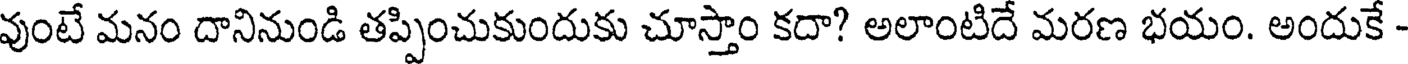
వుంటే మనం దానినుండి తప్పించుకుందుకు చూస్తాం కదా? అలాంటిదే మరణ భయం. అందుకే -